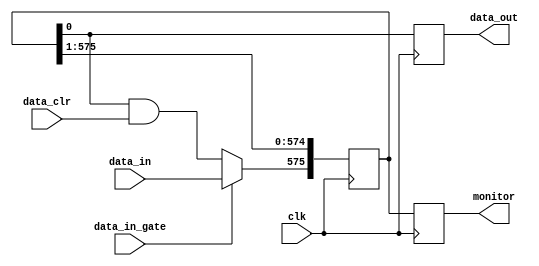
module delay_line
  #(parameter STORE_LEN  = 16,
    parameter WORD_WIDTH = 36
   )
   (output reg [STORE_LEN*WORD_WIDTH-1:0] monitor,
    output reg                            data_out,

    input wire                            clk,
    input wire                            data_in,
    input wire                            data_in_gate,
    input wire                            data_clr // Active low.
   );

   reg [STORE_LEN*WORD_WIDTH-1:0] store;
   integer                        i;

   initial begin
      // Assuming stores in delay lines were cleared.
      monitor = 0;
      store = 0;
      data_out = 1'b0;
   end

   // Recirculation logic.
   always @(posedge clk) begin
      for (i = 0; i < STORE_LEN*WORD_WIDTH-1; i = i + 1)
        store[i] <= store[i+1];

      store[STORE_LEN*WORD_WIDTH-1] <= (data_in_gate) ? data_in : (store[0] & data_clr);
   end

   always @(negedge clk) begin
      monitor[STORE_LEN*WORD_WIDTH-1:0] <= store[STORE_LEN*WORD_WIDTH-1:0];
      data_out <= store[0];
   end

endmodule